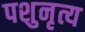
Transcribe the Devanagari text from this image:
पशुनृत्य